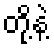
တို့နဲ့